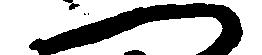
へ